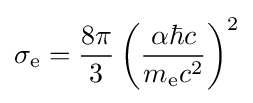
\sigma _{\text{e}}={\frac {8\pi }{3}}\left({\frac {\alpha \hbar c}{m_{\text{e}}c^{2}}}\right)^{2}